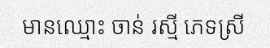
មានឈ្មោះ ចាន់ រស្មី ភេទស្រី